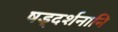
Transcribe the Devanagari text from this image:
षड्दर्शनानि